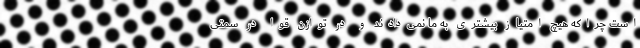
است چراکه هیچ امتیاز بیشتری به ما نمی‌دادند و در توازن قوا در سمتی